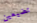
تضيعين